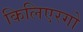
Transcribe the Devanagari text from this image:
किलिएरगो